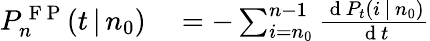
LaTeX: \begin{array}{rl}{P_{n}^{\mathrm{~F~P~}}(t\, |\, n_{0})}&{{}=-\sum_{i=n_{0}}^{n-1}\frac{\mathrm{~d~}P_{t}(i\, |\, n_{0})}{\mathrm{~d~}t}}\end{array}